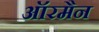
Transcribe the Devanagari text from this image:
ऑरमैन